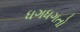
ધગધગતો